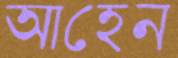
আহেন